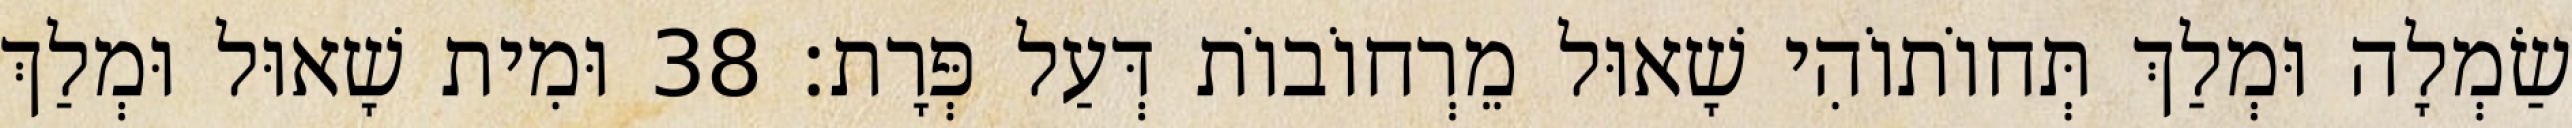
שַׂמְלָה וּמְלַךְ תְּחוֹתוֹהִי שָׁאוּל מֵרְחוֹבוֹת דְּעַל פְּרָת׃ 38 וּמִית שָׁאוּל וּמְלַךְ